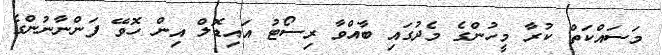
މަސައްކަތް ކުރާ މީހުންގެ މެދުގައި ބާއްވާ ރިސޯޓު އައިޑޮލް އިން ހޮވޭ ފަންނާނުންގެ